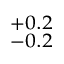
^ { + 0 . 2 } _ { - 0 . 2 }